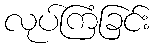
လုပ်ကြံခြင်း